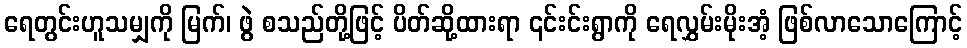
ရေတွင်းဟူသမျှကို မြက်၊ ဖွဲ စသည်တို့ဖြင့် ပိတ်ဆို့ထားရာ ၎င်းင်းရွာကို ရေလွှမ်းမိုးအံ့ ဖြစ်လာသောကြောင့်